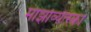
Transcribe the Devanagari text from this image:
माझोव्येत्स्का